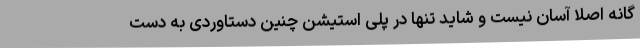
گانه اصلا آسان نیست و شاید تنها در پلی استیشن چنین دستاوردی به دست